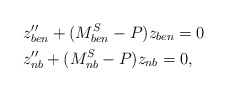
\begin{align*} \begin{aligned} & z''_{ben} +(M^S_{ben}-P) z_{ben}=0 \\ & z''_{nb} + (M^S_{nb}-P) z_{nb}=0,\end{aligned}\end{align*}